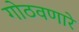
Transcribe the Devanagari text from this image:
गोठवणारे